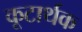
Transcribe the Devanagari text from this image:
कूटार्थक